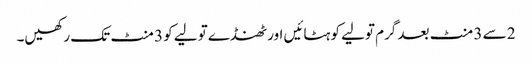
2 سے 3 منٹ بعد گرم تولیے کو ہٹائیں اور ٹھنڈے تولیے کو 3 منٹ تک رکھیں۔